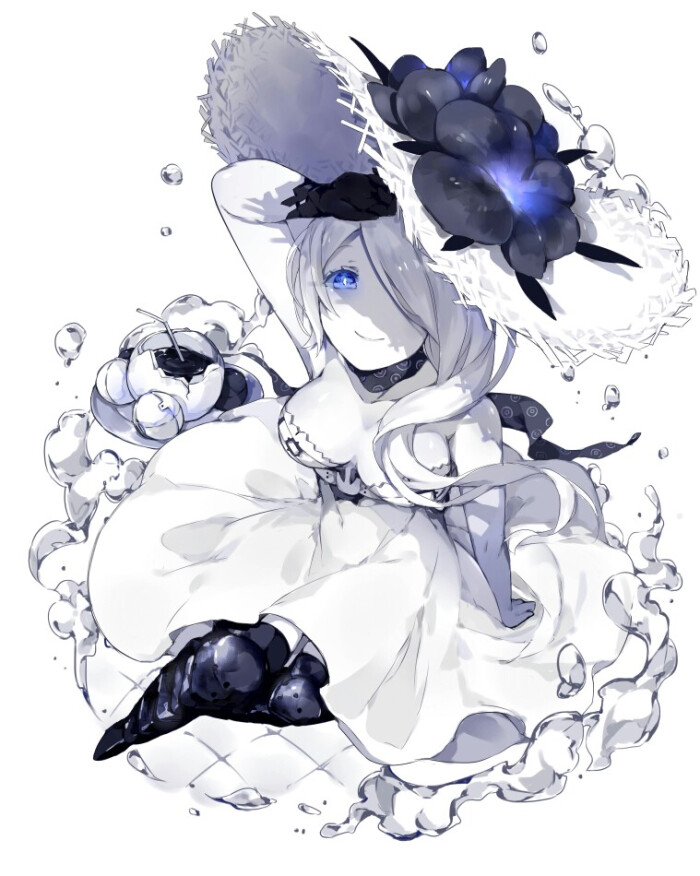
半夜衔枚，满城深雪，忽已亡悬瓠。